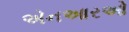
એનઆરઓ